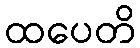
ထပေတိ